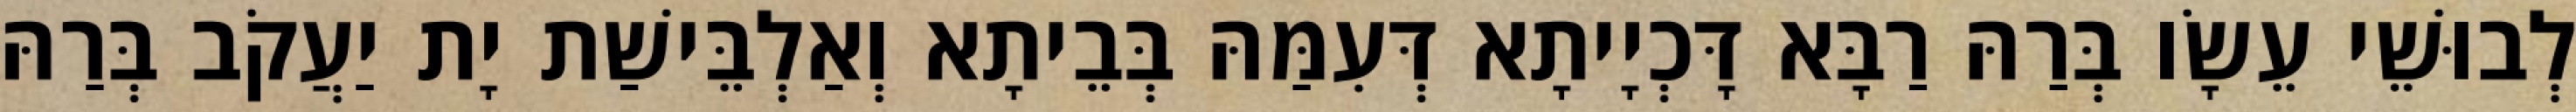
לְבוּשֵׁי עֵשָׂו בְּרַהּ רַבָּא דָּכְיָיתָא דְּעִמַּהּ בְּבֵיתָא וְאַלְבֵּישַׁת יָת יַעֲקֹב בְּרַהּ